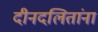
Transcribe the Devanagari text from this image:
दीनदलितांना